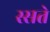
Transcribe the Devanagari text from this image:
स्सते